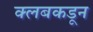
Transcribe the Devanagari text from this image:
क्‍लबकडून